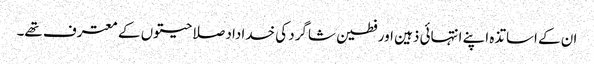
ان کے اساتذہ اپنے انتہائی ذہین اور فطین شاگرد کی خداداد صلاحیتوں کے معترف تھے۔